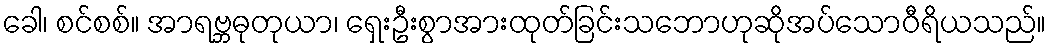
ခေါ၊ စင်စစ်။ အာရဗ္ဘဓုတုယာ၊ ရှေးဦးစွာအားထုတ်ခြင်းသဘောဟုဆိုအပ်သောဝီရိယသည်။